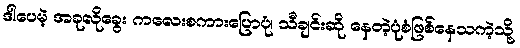
ဒါပေမဲ့ အခုလိုခွေး ကလေးစကားပြောပုံ၊ သီချင်းဆို နေတဲ့ပုံစံဖြစ်နေသကဲ့သို့